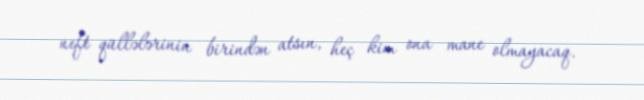
neft qüllələrinin birindən atsın, heç kim ona mane olmayacaq.